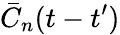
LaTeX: \bar{C}_{n}(t-t^{\prime})